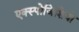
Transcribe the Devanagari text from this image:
एक्स्पोजिशियो